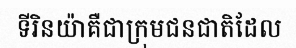
ទីរិនយ៉ាគឺជាក្រុមជនជាតិដែល